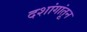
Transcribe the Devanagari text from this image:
दशांगांतून